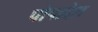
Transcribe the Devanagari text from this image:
पोपादेश